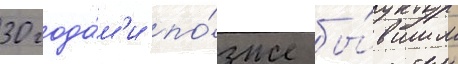
30 года́м'и по́зже бы́вшим